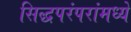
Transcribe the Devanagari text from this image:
सिद्धपरंपरांमध्ये